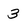
Character: 3